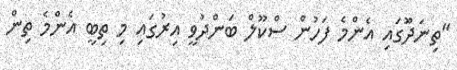
"ތިނަދޫަގައި އެންމެ ފަހުން ސްކޫލް ބަންދުވީ އިރުގައި މި ތިބީ އެންމެ ތިން